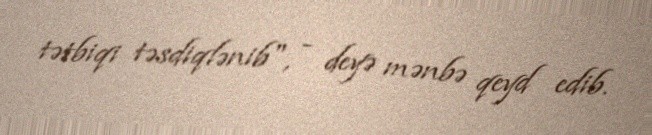
tətbiqi təsdiqlənib", - deyə mənbə qeyd edib.